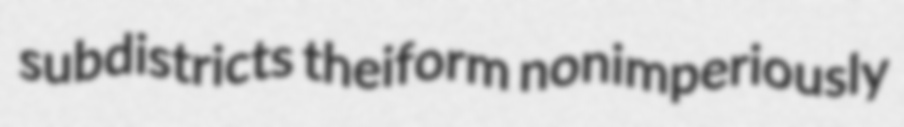
subdistricts theiform nonimperiously